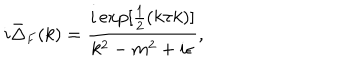
i { \bar { \Delta } } _ { F } ( k ) = \frac { i \exp [ \frac { 1 } { 2 } ( k \tau k ) ] } { k ^ { 2 } - m ^ { 2 } + i \epsilon } ,